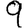
Digit: 9